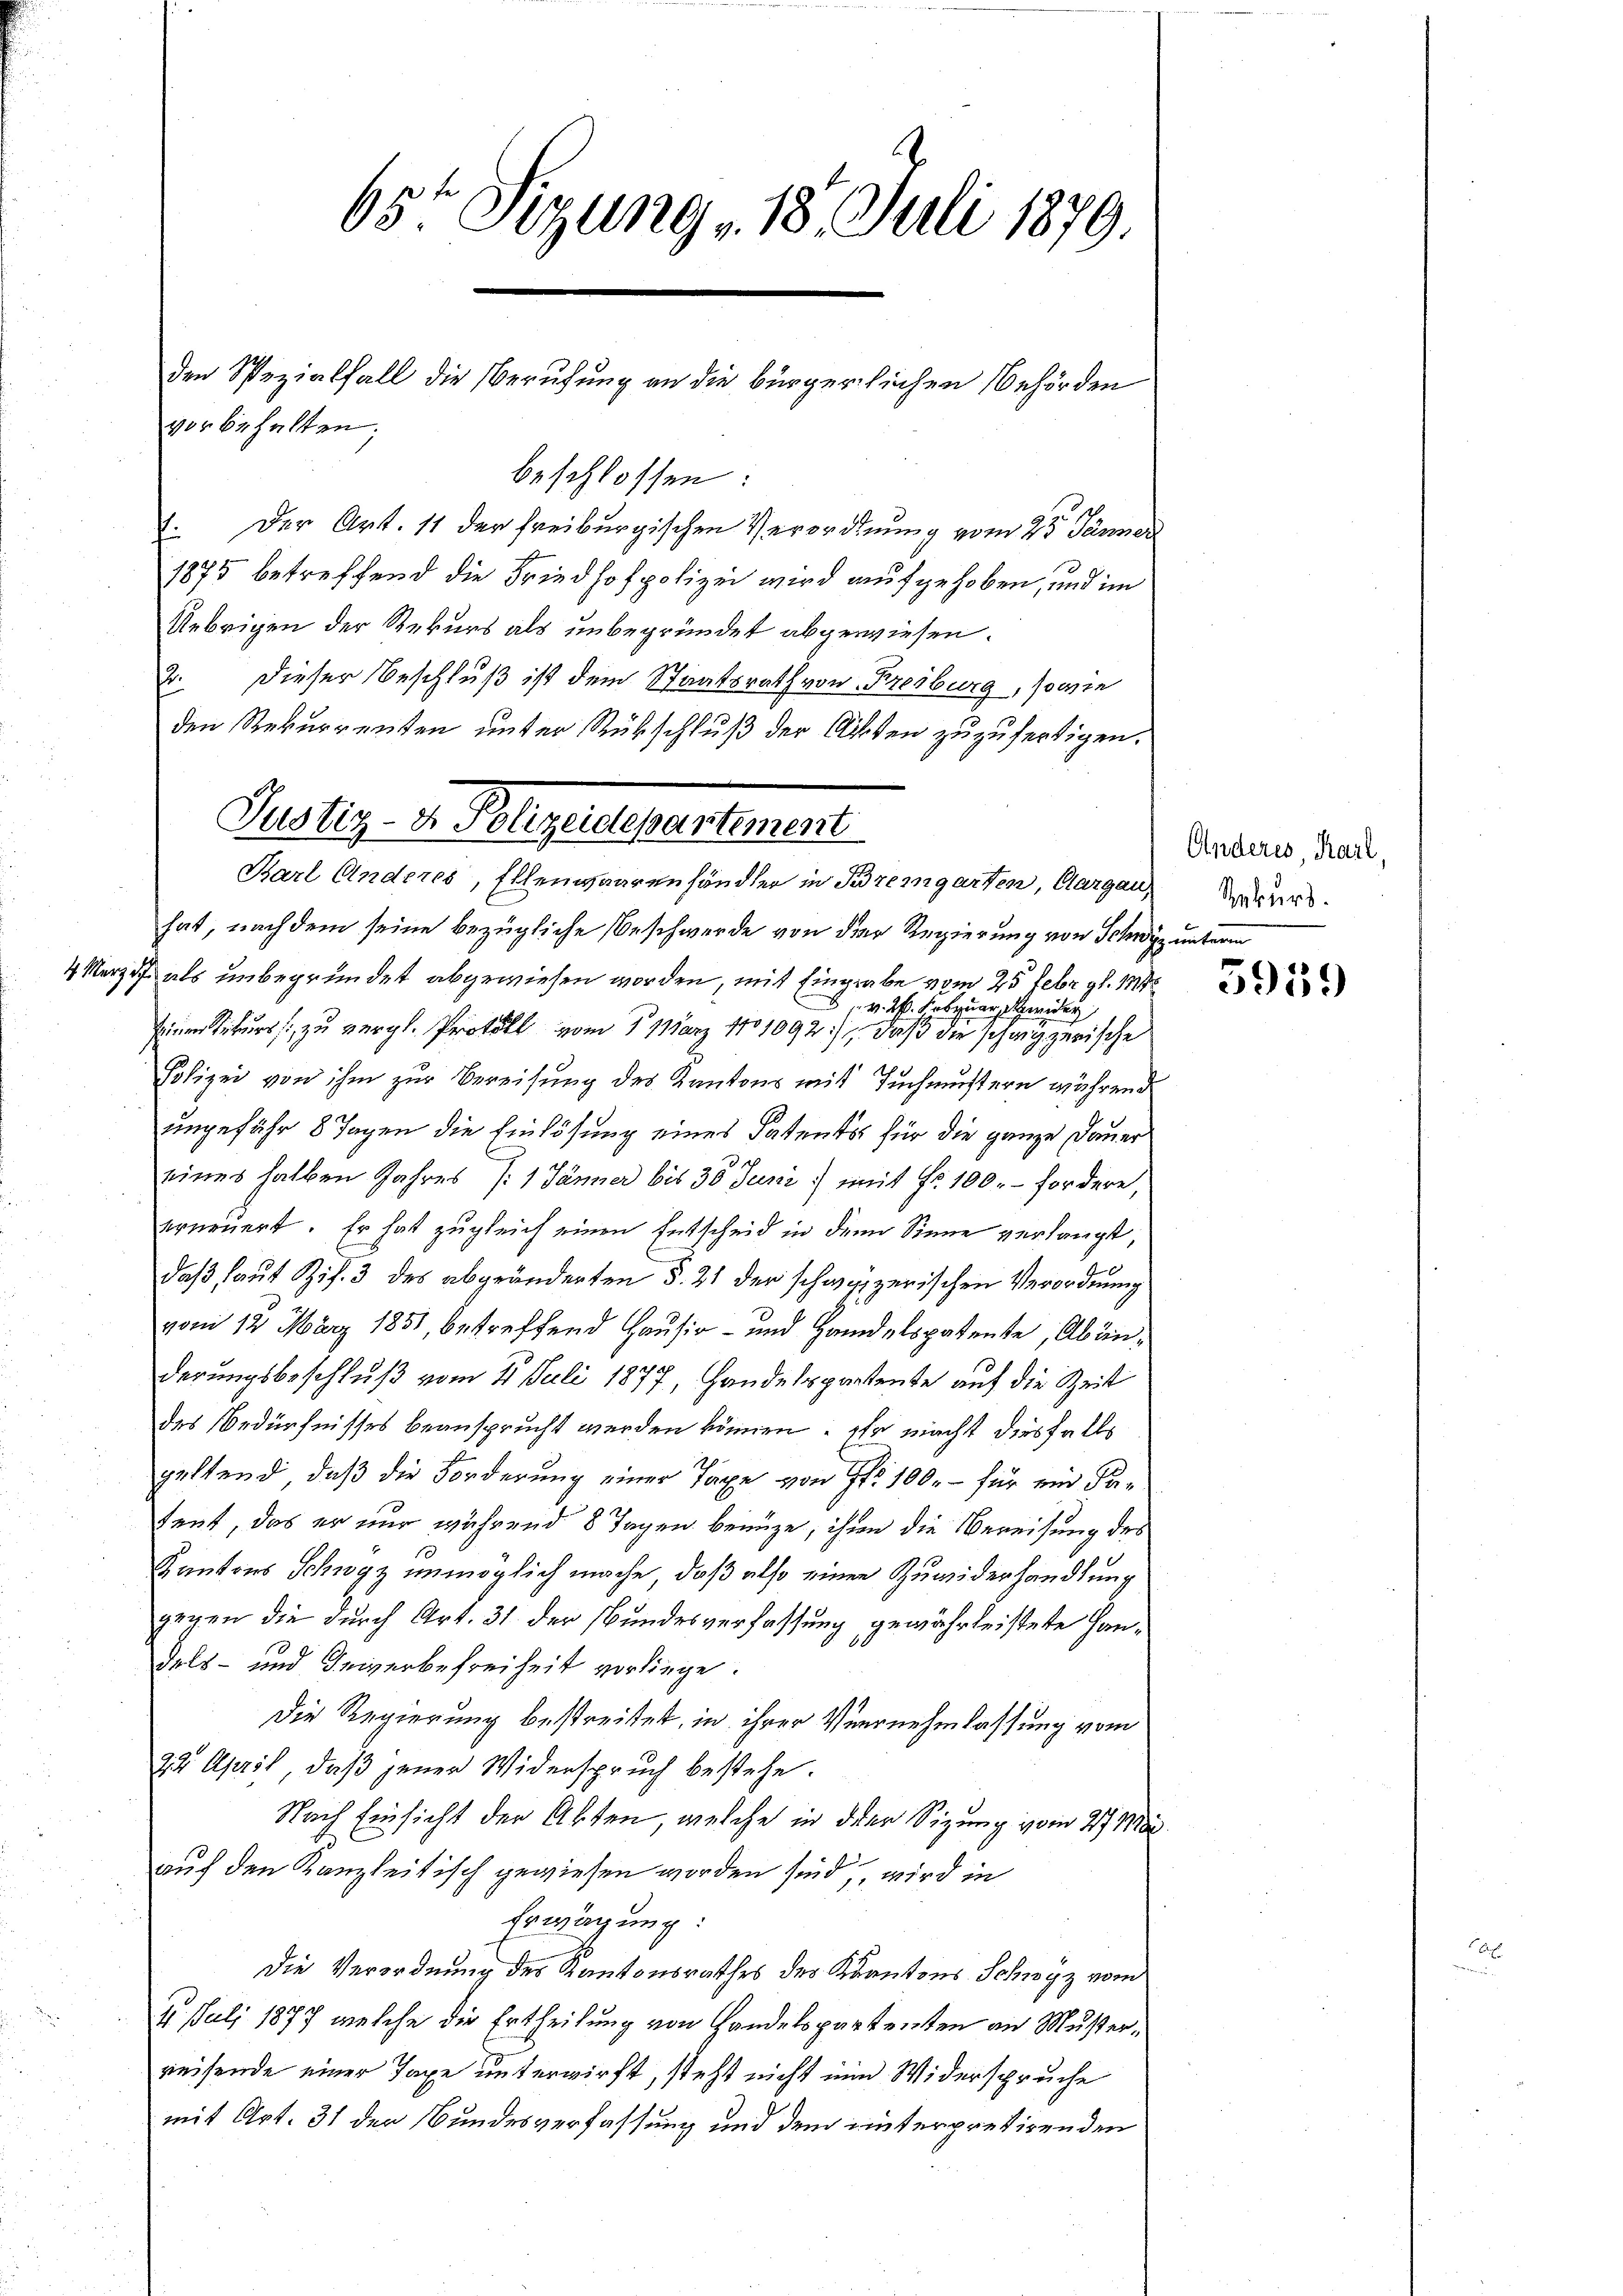
beschlossen:
1. Der Art. 11 der freiburgischen Verordnung vom 25 Jänner
1875 betreffend die Friedhofpolizei wird aufgehoben, und im
Uebrigen der Rekurs als unbegründet abgewiesen.
2. Dieser Beschluß ist dem Staatsrath von Freiburg, sowie
den Rekurrenten unter Rückschluß der Akten zuzufertigen.

vorbehalten;

65te Sizung 18. Juli 1879.

den Spezialfall die Berufung an die bürgerlichen Behörden

Justiz- u. Polegalementement
Barl Anderes, Ellenwaarenhändler in Bremgarten, Aargau

hat, nachdem seine bezügliche Beschwerde von der Regierung von Schwyz unterm
4 Merz als unbegründet abgewiesen worden, mit Eingabe vom 25 Febr. gl. 114
 v. 2. Februar de
inen Rekurs zu vergl. Protoll vom 1. März 1801092), daß die schweizerische
Ab
Polizei von ihm zur Bereisung des Kantons mit Tuchmustern während
ungefähr 8 Tagen die Einlösung eines Patents für die ganze Dauer
eines halben Jahres /:1 Jänner bis 30 Juni mit Fr. 100.- fordere,
erneuert. Er hat zugleich einen Entscheid in dem Sinne verlangt,
1
daß laut Zif. 3 des abgeänderten §. 21 der schwyzerischen Verordnung
vom 12. März 1851, betreffend Hausir- und Handelspatente, Abänderungsbeschluß vom 21. Juli 1877, Handelspartente auf die Zeit
des Bedürfnisses beansprucht werden können. Er macht diesfalls
geltend, daß die Forderung einer Taxe von Fr. 100.- für ein Sa¬
Tent, das er nur während 8 Tagen benuze, ihre die Bereisung des
Kantons Schwyz unmöglich mache, daß also einen Zuwiderhandlung
gegen die durch Art. 31. der Bundesverfassung gewährleistete Handels- und Beiverbefreiheit vorliege.
Die Regierung bestreitet, in ihrer Vernehmlassung vom
22 April, daβ jener Widerspruch bestehe.
Nach Einsicht der Akten, welche in der Sizung vom 27. M.
auf den Kanzleitisch gewiesen worden sind, wird in
Erwägung:
Die Verordnung des Kantonsrathes des Kantons Schwyz vom
4. Juli 1877 welche die Ertheilung von Handelspartenten an Musterreisende einer Tage unterwirft, steht nicht nun Widerspruche
mit Art. 31 der Bundesverfassung und dem hinterpretirenden

Anderes, Karl,
Rekurs.
e

5959